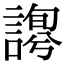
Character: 𧪱